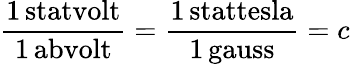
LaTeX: \mathrm{\frac{1\, statvolt}{1\, abvolt}}=\mathrm{\frac{1\, stattesla}{1\, gauss}}=c